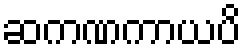
ဆကဏကာယပိ